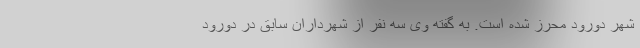
شهر دورود محرز شده است. به گفته وی سه نفر از شهرداران سابق در دورود